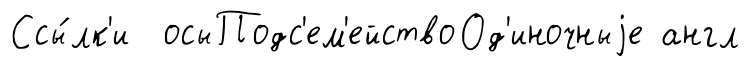
Ссы́лк'и осыПодс'ем'ействоОд'иночныjе англ